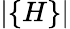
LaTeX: |\{ H\} |